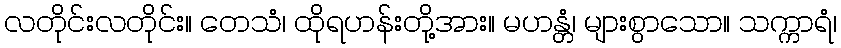
လတိုင်းလတိုင်း။ တေသံ၊ ထိုရဟန်းတို့အား။ မဟန္တံ၊ များစွာသော။ သက္ကာရံ၊